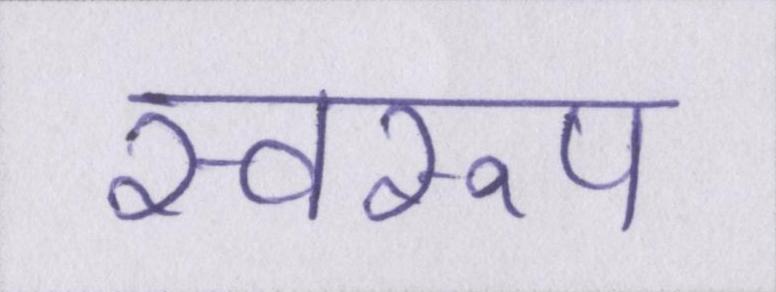
स्वरूप